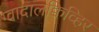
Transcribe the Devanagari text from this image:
ग्वादालक्विव्हिर